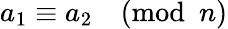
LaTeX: a_{1}\equiv a_{2}{\pmod{n}}